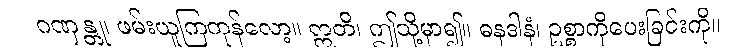
ဂဏှန္တု၊ ဖမ်းယူကြကုန်လော့။ ဣတိ၊ ဤသို့မှာ၍။ ဓနဒါနံ၊ ဥစ္စာကိုပေးခြင်းကို။